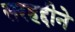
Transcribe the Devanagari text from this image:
सरहद्दीने